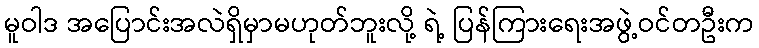
မူဝါဒ အပြောင်းအလဲရှိမှာမဟုတ်ဘူးလို့ ရဲ့ ပြန်ကြားရေးအဖွဲ့ဝင်တဦးက